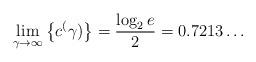
LaTeX: \begin{align*}\lim\limits_{\gamma \to \infty} \left\{ c_{}^(\gamma) \right\} = \frac{\log_2e}{2} = 0.7213\ldots\end{align*}